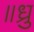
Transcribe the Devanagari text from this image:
॥ध्रु